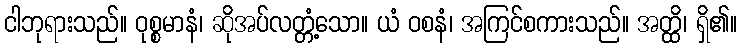
ငါဘုရားသည်။ ဝုစ္စမာနံ၊ ဆိုအပ်လတ္တံ့သော။ ယံ ဝစနံ၊ အကြင်စကားသည်။ အတ္ထိ၊ ရှိ၏။